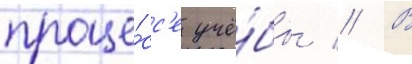
проце́сс'е учё́бы // В